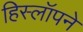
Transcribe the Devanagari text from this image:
हिस्लॉपने